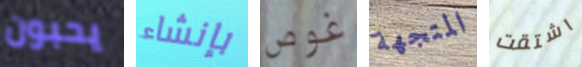
يحبون بإنشاء غوص المتجهة اشتقت